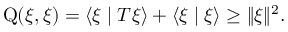
\operatorname { Q } ( \xi , \xi ) = \langle \xi \mid T \xi \rangle + \langle \xi \mid \xi \rangle \geq \| \xi \| ^ { 2 } .